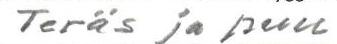
Teräs ja puu